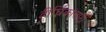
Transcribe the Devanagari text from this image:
दीर्घिकांसाठी